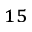
^ { 1 5 }